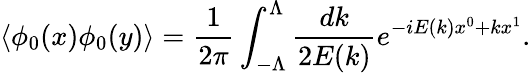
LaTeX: \langle\phi_{0}(x)\phi_{0}(y)\rangle=\frac{1}{2\pi}\int_{-\Lambda}^{\Lambda}\frac{dk}{2E(k)}e^{-iE(k)x^{0}+kx^{1}}.